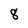
Character: 8